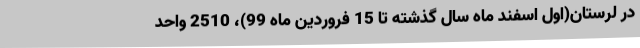
در لرستان(اول اسفند ماه سال گذشته تا 15 فروردین ماه 99)، 2510 واحد